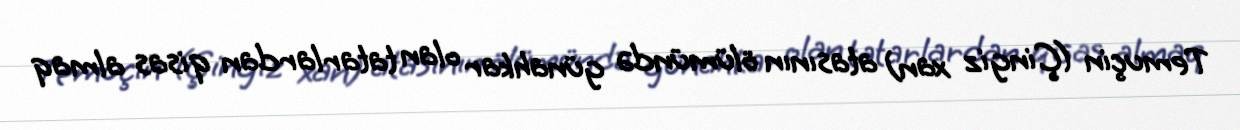
Temuçin (Çingiz xan) atasının ölümündə günahkar olan tatarlardan qisas almaq